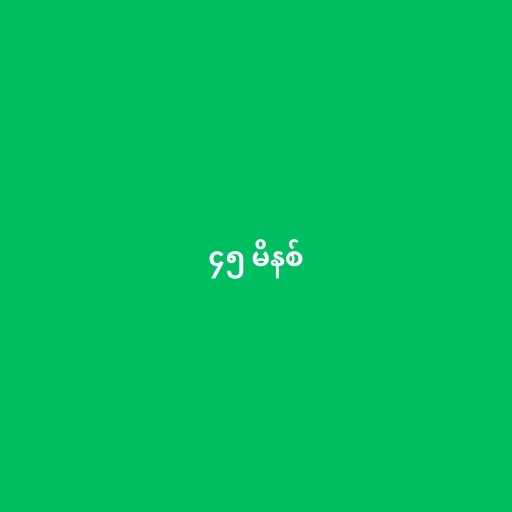
၄၅ မိနစ်